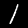
Digit: 1